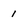
Character: i